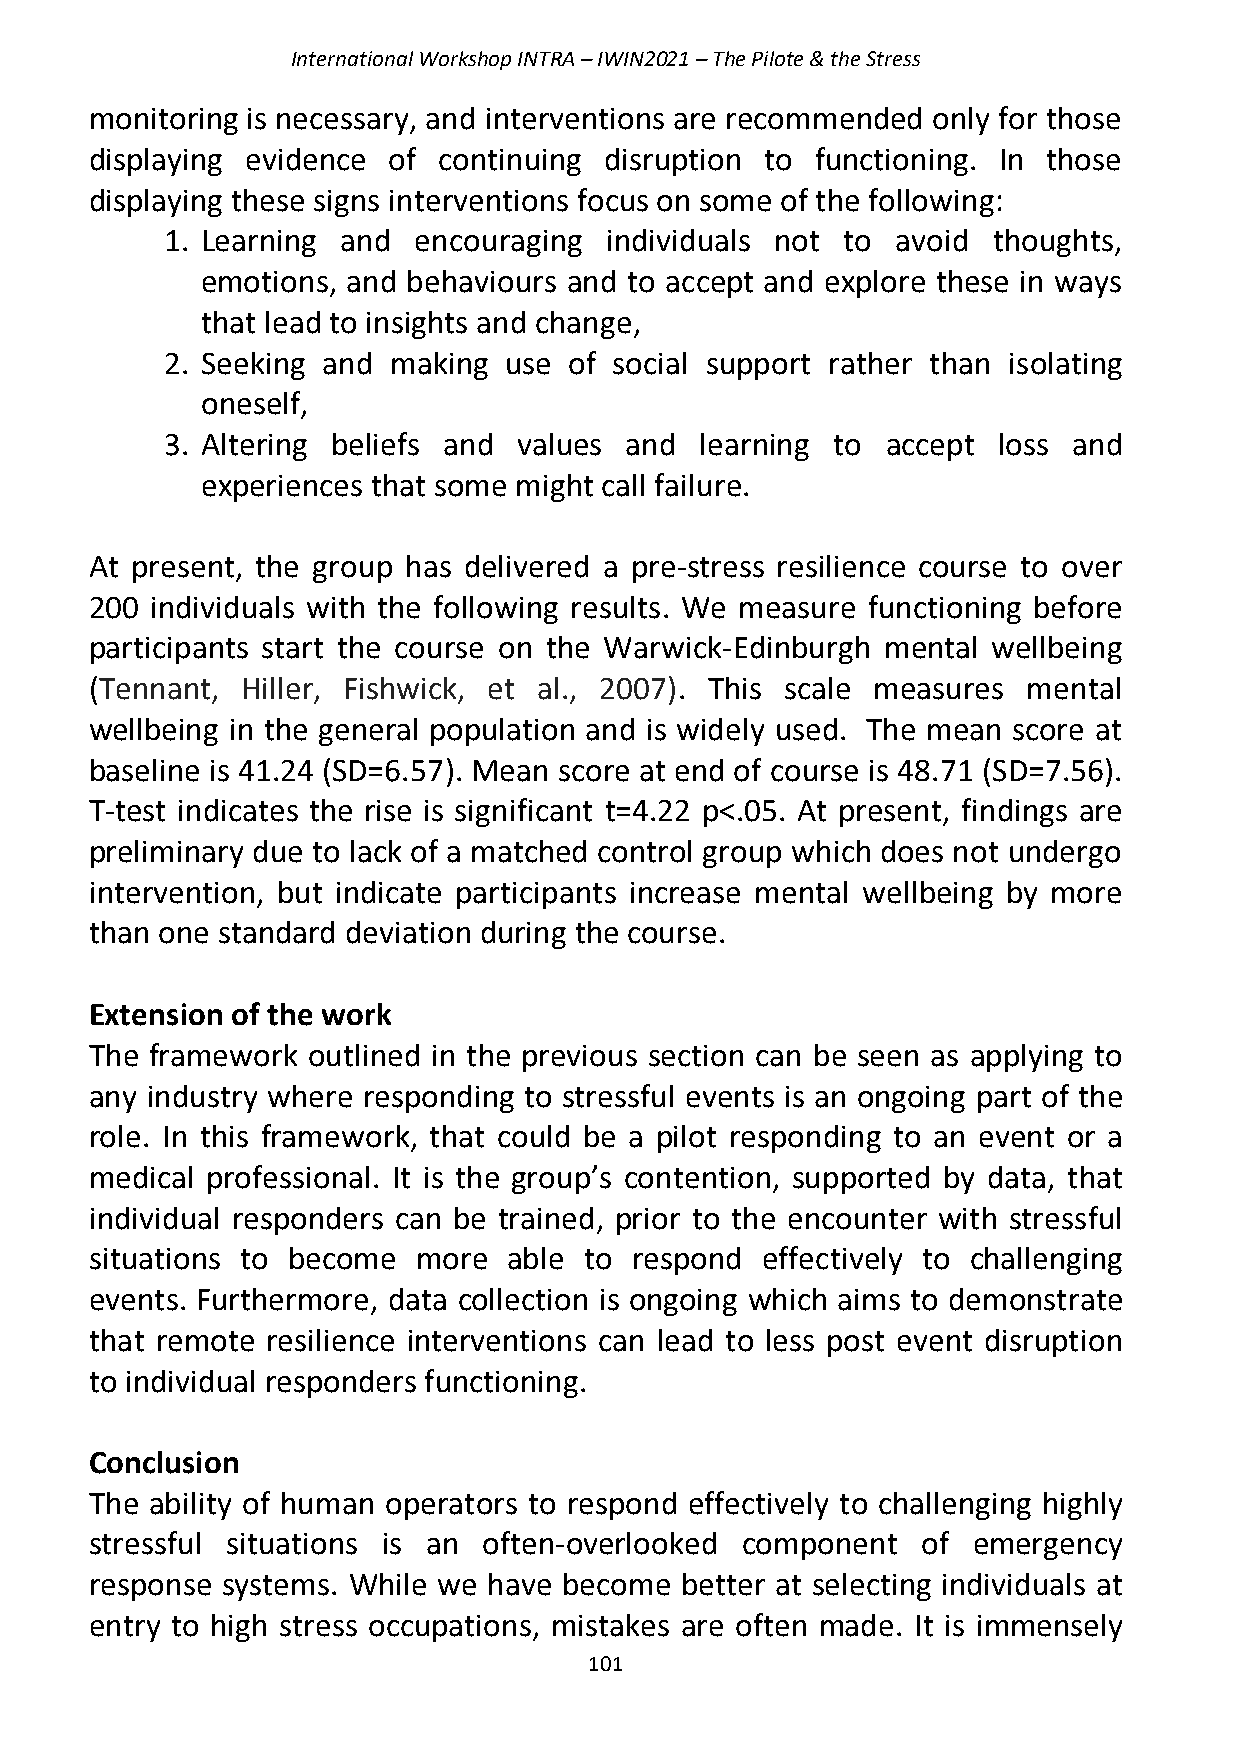
International Workshop INTRA – IWIN2021 – The Pilote & the Stress
 monitoring is necessary, and interventions are recommended only for those
 displaying evidence of continuing disruption to functioning. In those
 displaying these signs interventions focus on some of the following:
 1. Learning and encouraging  individuals not to avoid  thoughts,
 emotions, and behaviours and to accept and explore these in ways
 that lead to insights and change,
 2. Seeking and making use  of social support rather than isolating
 oneself,
 3. Altering beliefs and values and learning to  accept loss and
 experiences that some might call failure.
 At present, the group has delivered a pre-stress resilience course to over
 200 individuals with the following results. We measure functioning before
 participants start the course on the Warwick-Edinburgh mental wellbeing
 (Tennant, Hiller, Fishwick, et al., 2007). This scale measures mental
 wellbeing in the general population and is widely used. The mean score at
 baseline is 41.24 (SD=6.57). Mean score at end of course is 48.71 (SD=7.56).
 T-test indicates the rise is significant t=4.22 p<.05. At present, findings are
 preliminary due to lack of a matched control group which does not undergo
 intervention, but indicate participants increase mental wellbeing by more
 than one standard deviation during the course.
 Extension of the work
 The framework outlined in the previous section can be seen as applying to
 any industry where responding to stressful events is an ongoing part of the
 role. In this framework, that could be a pilot responding to an event or a
 medical professional. It is the group’s contention, supported by data, that
 individual responders can be trained, prior to the encounter with stressful
 situations to become more   able to respond effectively to challenging
 events. Furthermore, data collection is ongoing which aims to demonstrate
 that remote resilience interventions can lead to less post event disruption
 to individual responders functioning.
 Conclusion
 The ability of human operators to respond effectively to challenging highly
 stressful situations is an often-overlooked component  of emergency
 response systems. While we have become better at selecting individuals at
 entry to high stress occupations, mistakes are often made. It is immensely
 101